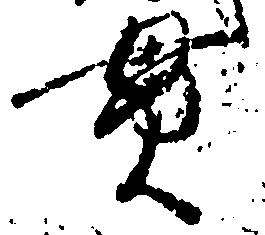
貫